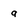
Character: g